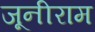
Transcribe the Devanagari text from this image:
जूनीराम